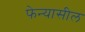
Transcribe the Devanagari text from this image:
फेन्यासील